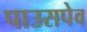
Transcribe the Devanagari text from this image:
पाउसपेव